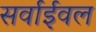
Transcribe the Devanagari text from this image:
सर्वाईवल